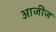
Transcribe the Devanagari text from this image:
आजीज